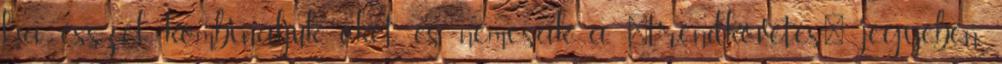
ha ésszel kombináljuk őket, és nemcsak a 'trendkövetés' jegyében